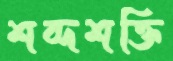
শব্দশক্তি